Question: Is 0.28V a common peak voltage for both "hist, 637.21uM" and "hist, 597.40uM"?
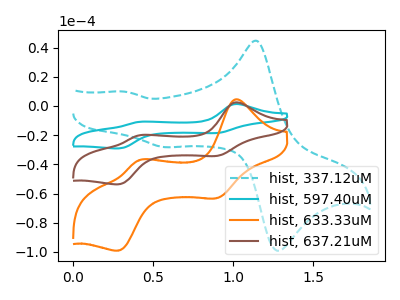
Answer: <think>The cyan dashed curve "hist, 337.12uM" has anodic peaks at (1.15V, 44.55uA) (0.35V, 9.80uA) and cathodic peaks at (1.30V, -98.30uA) (0.55V, -28.25uA). The cyan curve "hist, 597.40uM" has anodic peaks at (1.00V, 4.80uA) (0.40V, -40.35uA) and cathodic peaks at (0.90V, -68.55uA) (0.30V, -107.40uA). The orange curve "hist, 633.33uM" has anodic peaks at (1.00V, 4.40uA) (0.40V, -37.20uA) and cathodic peaks at (0.90V, -63.30uA) (0.30V, -99.15uA). The brown curve "hist, 637.21uM" has anodic peaks at (1.00V, 2.40uA) (0.40V, -20.15uA) and cathodic peaks at (0.90V, -34.30uA) (0.30V, -53.70uA).</think>
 <answer>Yes, "hist, 637.21uM" and "hist, 597.40uM" share a peak at 0.28V.</answer>
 <eval>match</eval>